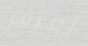
أعرف